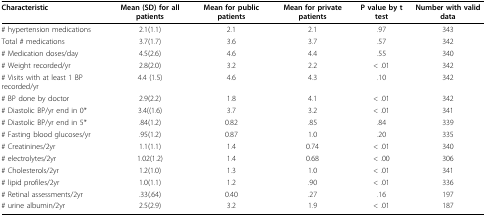
<table><thead><tr><td><b>Characteristic</b></td><td><b>Mean (SD) for all patients</b></td><td><b>Mean for public patients</b></td><td><b>Mean for private patients</b></td><td><b>P value by t test</b></td><td><b>Number with valid data</b></td></tr></thead><tbody><tr><td># hypertension medications</td><td>2.1(1.1)</td><td>2.1</td><td>2.1</td><td>.97</td><td>343</td></tr><tr><td>Total # medications</td><td>3.7(1.7)</td><td>3.6</td><td>3.7</td><td>.57</td><td>342</td></tr><tr><td># Medication doses/day</td><td>4.5(2.6)</td><td>4.6</td><td>4.4</td><td>.55</td><td>340</td></tr><tr><td># Weight recorded/yr</td><td>2.8(2.0)</td><td>3.2</td><td>2.2</td><td>&lt; .01</td><td>342</td></tr><tr><td># Visits with at least 1 BP recorded/yr</td><td>4.4 (1.5)</td><td>4.6</td><td>4.3</td><td>.10</td><td>342</td></tr><tr><td># BP done by doctor</td><td>2.9(2.2)</td><td>1.8</td><td>4.1</td><td>&lt; .01</td><td>342</td></tr><tr><td># Diastolic BP/yr end in 0*</td><td>3.4((1.6)</td><td>3.7</td><td>3.2</td><td>&lt; .01</td><td>341</td></tr><tr><td># Diastolic BP/yr end in 5*</td><td>.84(1.2)</td><td>0.82</td><td>.85</td><td>.84</td><td>339</td></tr><tr><td># Fasting blood glucoses/yr</td><td>.95(1.2)</td><td>0.87</td><td>1.0</td><td>.20</td><td>335</td></tr><tr><td># Creatinines/2yr</td><td>1.1(1.1)</td><td>1.4</td><td>0.74</td><td>&lt; .01</td><td>340</td></tr><tr><td># electrolytes/2yr</td><td>1.02(1.2)</td><td>1.4</td><td>0.68</td><td>&lt; .00</td><td>306</td></tr><tr><td># Cholesterols/2yr</td><td>1.2(1.0)</td><td>1.3</td><td>1.0</td><td>&lt; .01</td><td>341</td></tr><tr><td># lipid profiles/2yr</td><td>1.0(1.1)</td><td>1.2</td><td>.90</td><td>&lt; .01</td><td>336</td></tr><tr><td># Retinal assessments/2yr</td><td>.33(.64)</td><td>0.40</td><td>.27</td><td>.16</td><td>197</td></tr><tr><td># urine albumin/2yr</td><td>2.5(2.9)</td><td>3.2</td><td>1.9</td><td>&lt; .01</td><td>187</td></tr></tbody></table>